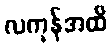
လကုန်အထိ